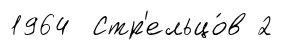
1964 Стр'ельцо́в 2